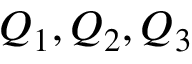
Q _ { 1 } , Q _ { 2 } , Q _ { 3 }